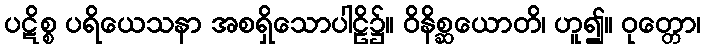
ပဋိစ္စ ပရိယေသနာ အစရှိသောပါဠိ၌။ ဝိနိစ္ဆယောတိ၊ ဟူ၍။ ဝုတ္တော၊